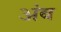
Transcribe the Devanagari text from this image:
अंब